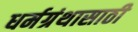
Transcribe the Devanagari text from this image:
धर्मग्रंथासाठी